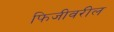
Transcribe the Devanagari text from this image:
फिजीवरील